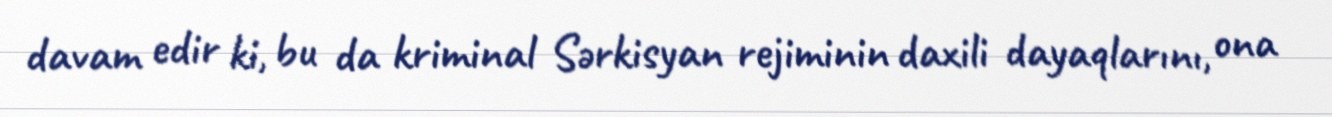
davam edir ki, bu da kriminal Sərkisyan rejiminin daxili dayaqlarını, ona